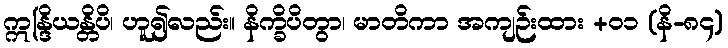
ဣန္ဒြိယန္တိပိ၊ ဟူ၍လည်း။ နိက္ခိပိတွာ၊ မာတိကာ အကျဉ်းထား +၀၁ (နိ-၈၄)